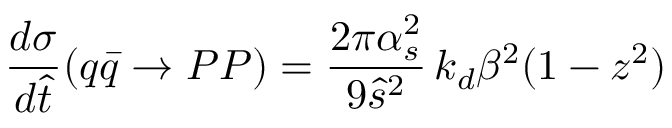
\frac { d \sigma } { d \hat { t } } ( q \bar { q } \rightarrow P P ) = \frac { 2 \pi \alpha _ { s } ^ { 2 } } { 9 \hat { s } ^ { 2 } } \, k _ { d } \beta ^ { 2 } ( 1 - z ^ { 2 } )